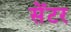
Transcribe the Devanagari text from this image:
सेँटर